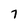
Character: 7